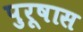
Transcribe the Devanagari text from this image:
पुरूषास